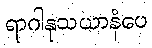
ရာဂါနုသယာနံပေ